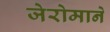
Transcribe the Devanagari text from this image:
जेरोमाने